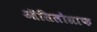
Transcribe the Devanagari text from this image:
ऑसिलोग्राफ